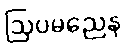
ဩပမညေန